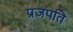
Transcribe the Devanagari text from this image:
प्रजपति